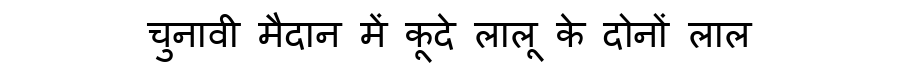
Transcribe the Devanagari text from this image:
चुनावी मैदान में कूदे लालू के दोनों लाल